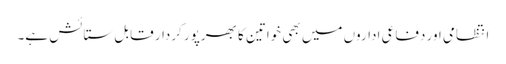
انتظامی اور دفاعی اداروں میں بھی خواتین کا بھرپور کردار قابل ستائش ہے۔